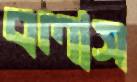
বলাস